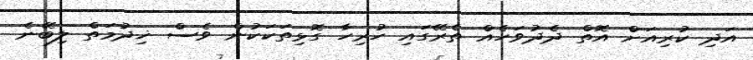
އަދި ކުރިއަށް އޮތް ދެދުވަހެއް ތެރޭގައި ހުރިހާ ގޮޅިތަކަކުން ވެސް ޚިދުމަތް ލިބޭނެ